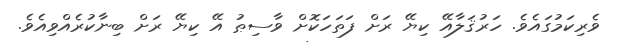
ވެރިކަމުގައެވެ. ހަރުޤަލާއޭ ކިޔޭ ރަށް ފަތަހަކޮށް ވާސިޠު އޭ ކިޔޭ ރަށް ބިނާކުރެއްވިއެވެ.